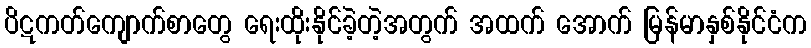
ပိဋကတ်ကျောက်စာတွေ ရေးထိုးနိုင်ခဲ့တဲ့အတွက် အထက် အောက် မြန်မာနှစ်နိုင်ငံက